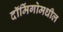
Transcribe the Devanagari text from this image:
दॉमिंगोमधील